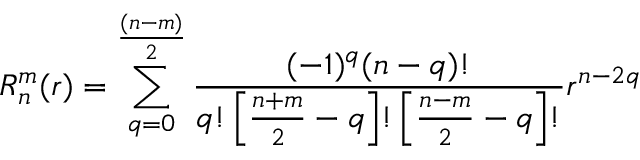
R _ { n } ^ { m } ( r ) = \sum _ { q = 0 } ^ { \frac { ( n - m ) } { 2 } } \frac { ( - 1 ) ^ { q } ( n - q ) ! } { q ! \left[ \frac { n + m } { 2 } - q \right] ! \left[ \frac { n - m } { 2 } - q \right] ! } r ^ { n - 2 q }